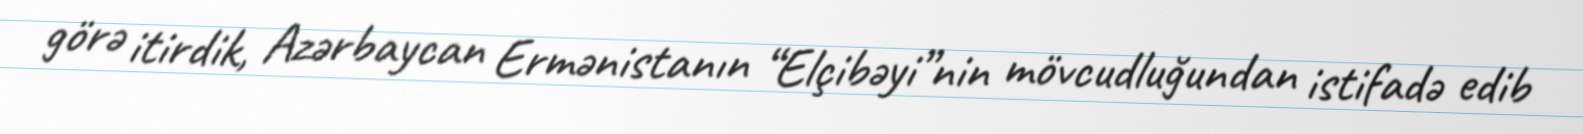
görə itirdik, Azərbaycan Ermənistanın “Elçibəyi”nin mövcudluğundan istifadə edib